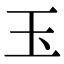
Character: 玉